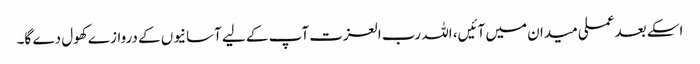
اسکے بعد عملی میدان میں آئیں، اللہ رب العزت آپ کے لیے آسانیوں کے دروازے کھول دے گا۔